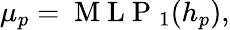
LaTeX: \begin{array}{r}{\begin{array}{r}{\mu_{p}=\mathrm{~M~L~P~}_{1}(h_{p}),}\end{array}}\end{array}